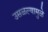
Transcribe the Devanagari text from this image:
उसळल्यामुळे